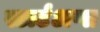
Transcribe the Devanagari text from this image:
स्टार्टअप्स